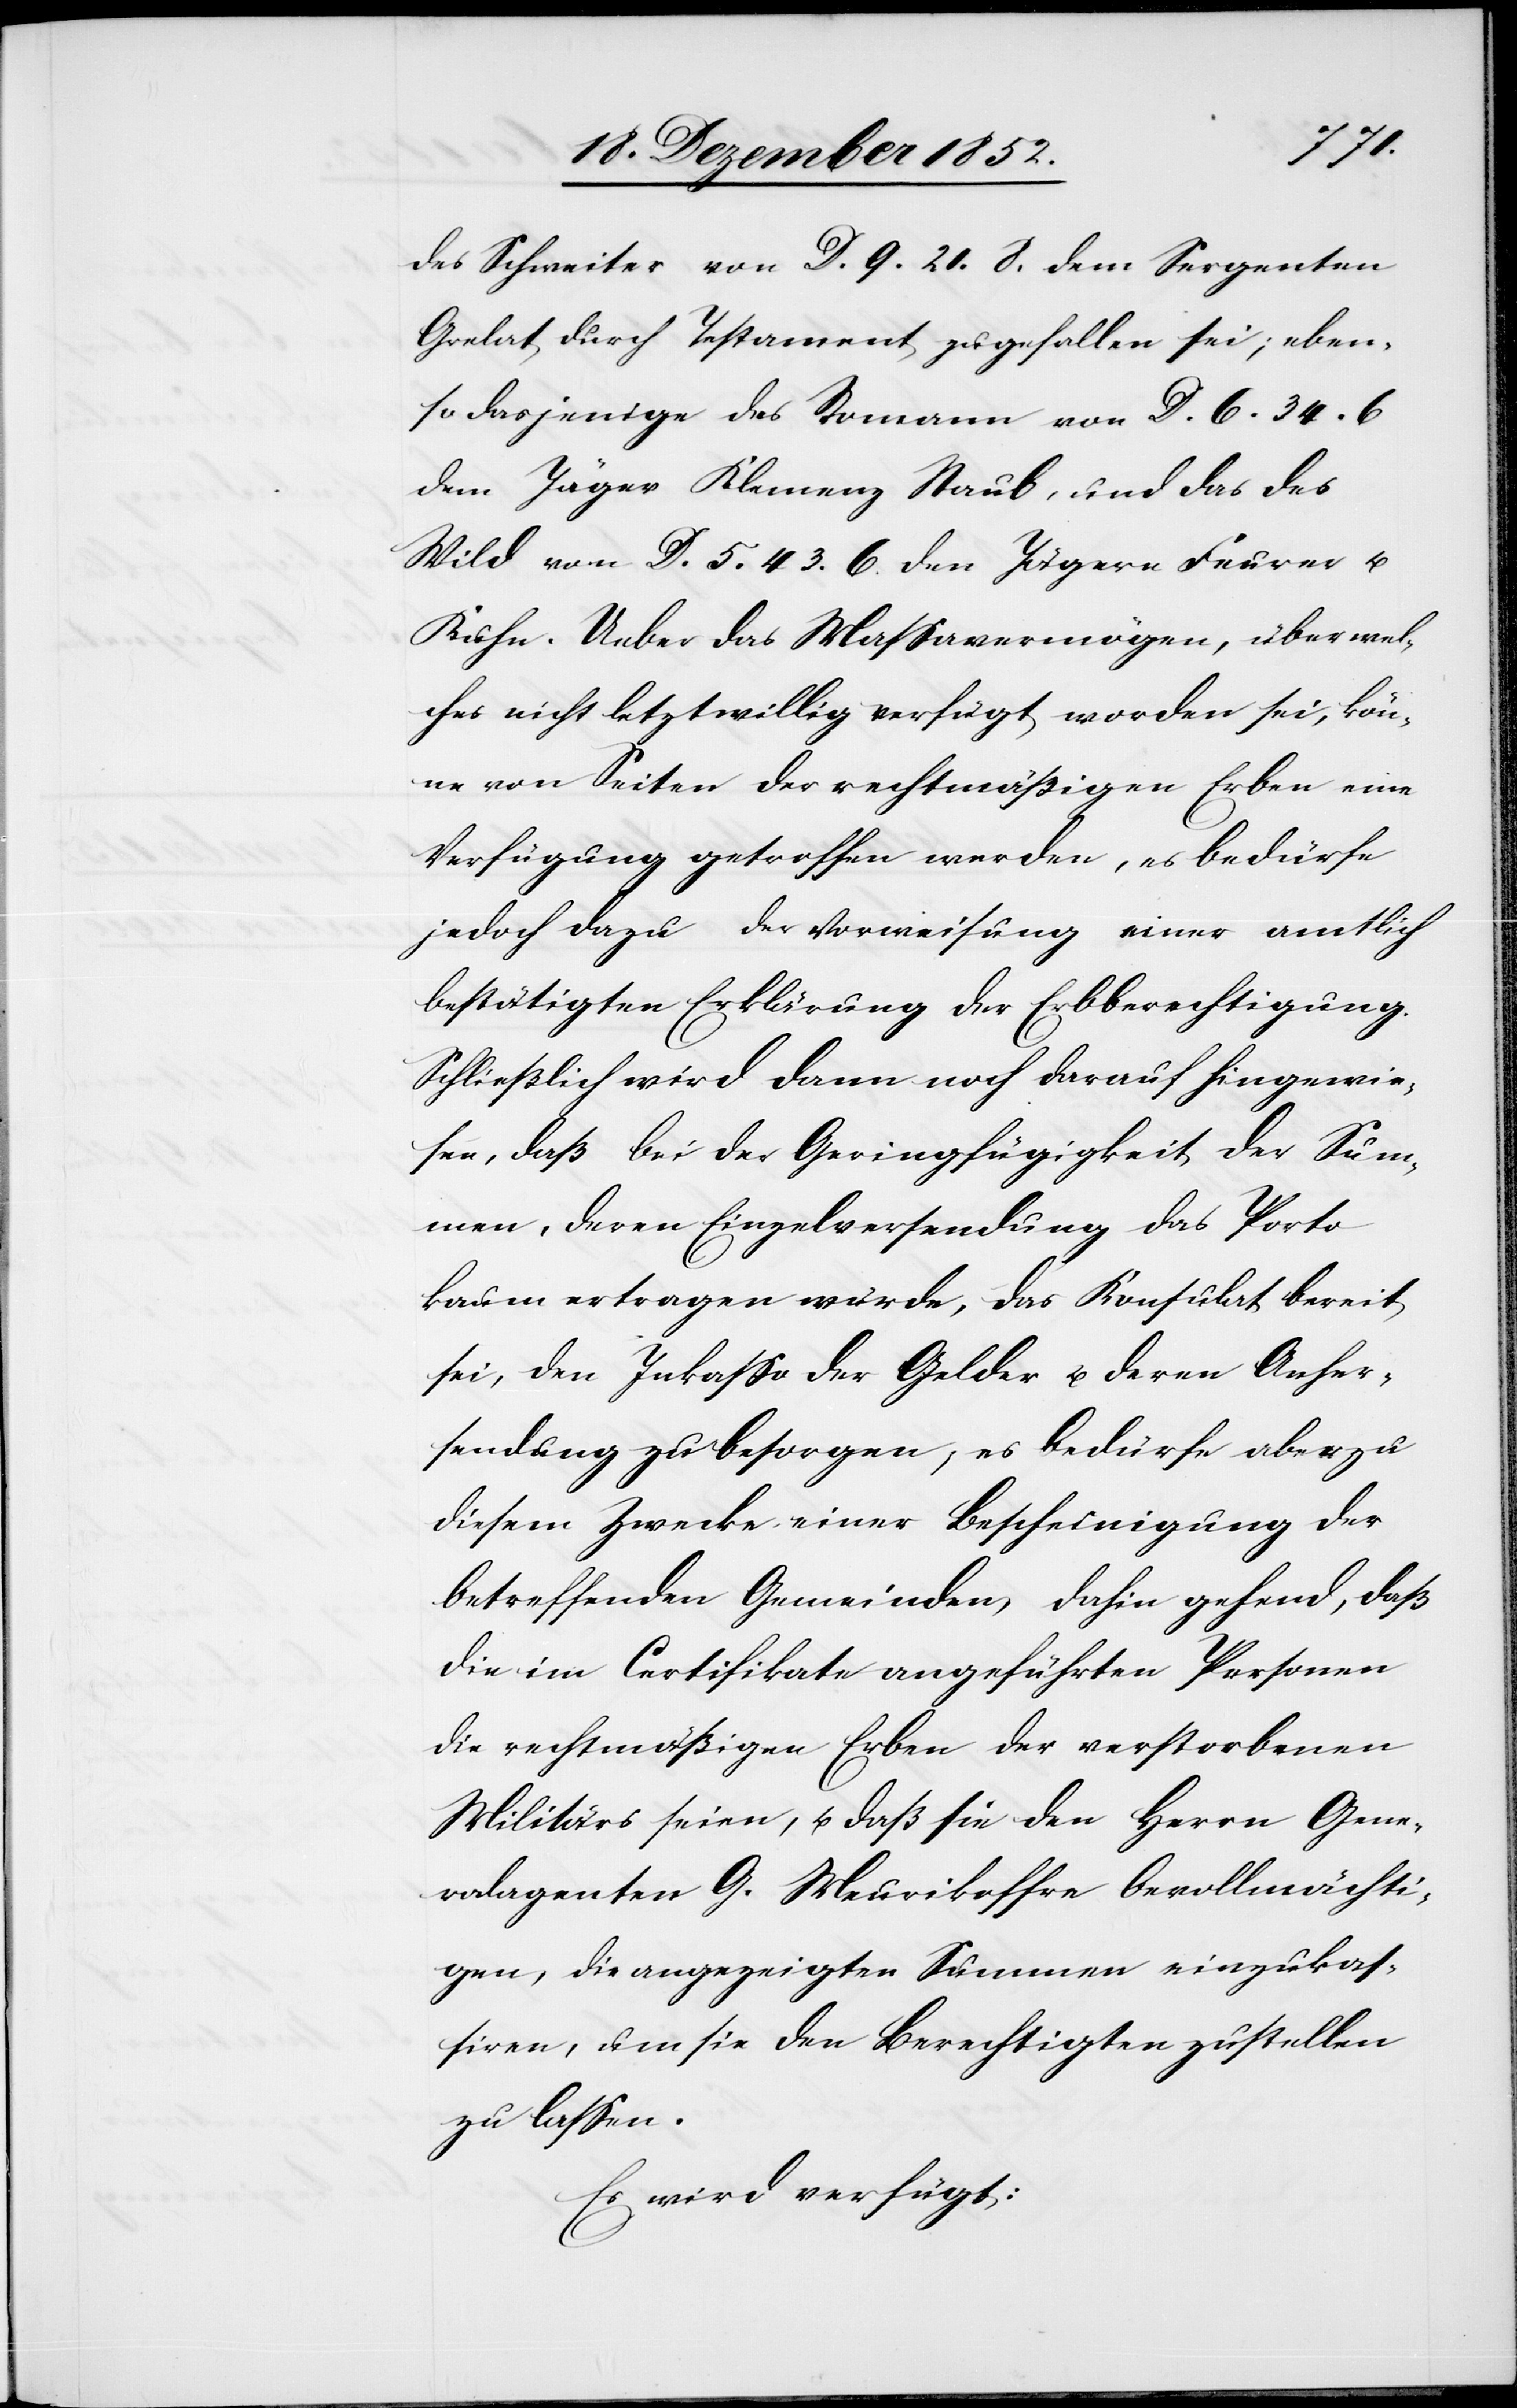
des Schweiter von D. 9. 21. 8. dem Sergenten
Grelat durch Testament zugefallen sei; eben¬
so dasjenige des Romann von D. 6. 34. 6
dem Jäger Klemenz Staub, und das des
Wild von D. 5. 43. 6. den Jägern Feurer u.
Kuhn. Ueber das Massavermögen, über wel¬
ches nicht letztwillig verfügt worden sei, kön¬
ne von Seiten der rechtmäßigen Erben eine
Verfügung getroffen werden, es bedürfe
jedoch dazu der Vorweisung einer amtlich
bestätigten Erklärung der Erbberechtigung.
Schließlich wird dann noch darauf hingewie¬
sen, daß bei der Geringfügigkeit der Sum¬
men, deren Einzelversendung das Porto
kaum ertragen würde, das Konsulat bereit
sei, den Inkasso der Gelder u. deren Anher¬
sendung zu besorgen, es bedürfe aber zu
diesem Zwecke einer Bescheinigung der
betreffenden Gemeinden, dahin gehend, daß
die im Certifikate angeführten Personen
die rechtmäßigen Erben der verstorbenen
Militärs seien, u. daß sie den Herrn Gene¬
ralagenten G. Meurikoffre bevollmächti¬
gen, die angezeigten Summen einzukas¬
siren, um sie den Berechtigten zustellen
zu lassen.
Es wird verfügt: